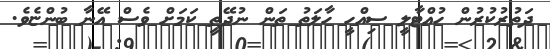
ދަތުރުކުރުން ހުއްޓާލީ ސިއްހީ ހާލަތު ތަން ނުދޭތީ ކަމަށް ވެސް އޭނާ ބުންޏެވެ.